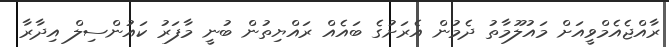
ރާއްޖެއެމްވީއަށް މައުލޫމާތު ދެމުން އެރަށުގެ ބައެއް ރައްޔިތުން ބުނީ މާފަރު ކައުންސިލް އިދާރާ